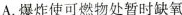
A.爆炸使可燃物处暂时缺氧